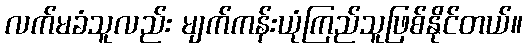
လက်မခံသူလည်း မျက်ကန်းယုံကြည်သူဖြစ်နိုင်တယ်။